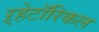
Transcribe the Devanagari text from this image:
ऱ्हेटॉरिकल